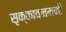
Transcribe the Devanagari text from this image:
सृक्कावनमनी